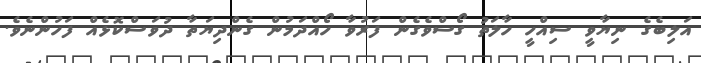
އަލިބެގެ ނިޔާވީ ސިއްހީ ހާލަތު ގޯސްވެެގެން ފަރުވާ ހޯއްދަމުން ގެންދިޔަތާ ދުވަސްކޮޅެއް ފަހުންނެވެ.